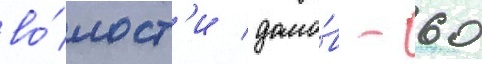
во́лост'и домо́в - 60